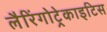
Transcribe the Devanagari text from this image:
लैरिंगोट्रेकाइटिस